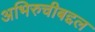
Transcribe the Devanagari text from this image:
अभिरुचीबद्दल